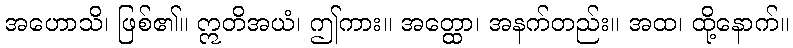
အဟောသိ၊ ဖြစ်၏။ ဣတိအယံ၊ ဤကား။ အတ္ထော၊ အနက်တည်း။ အထ၊ ထို့နောက်။